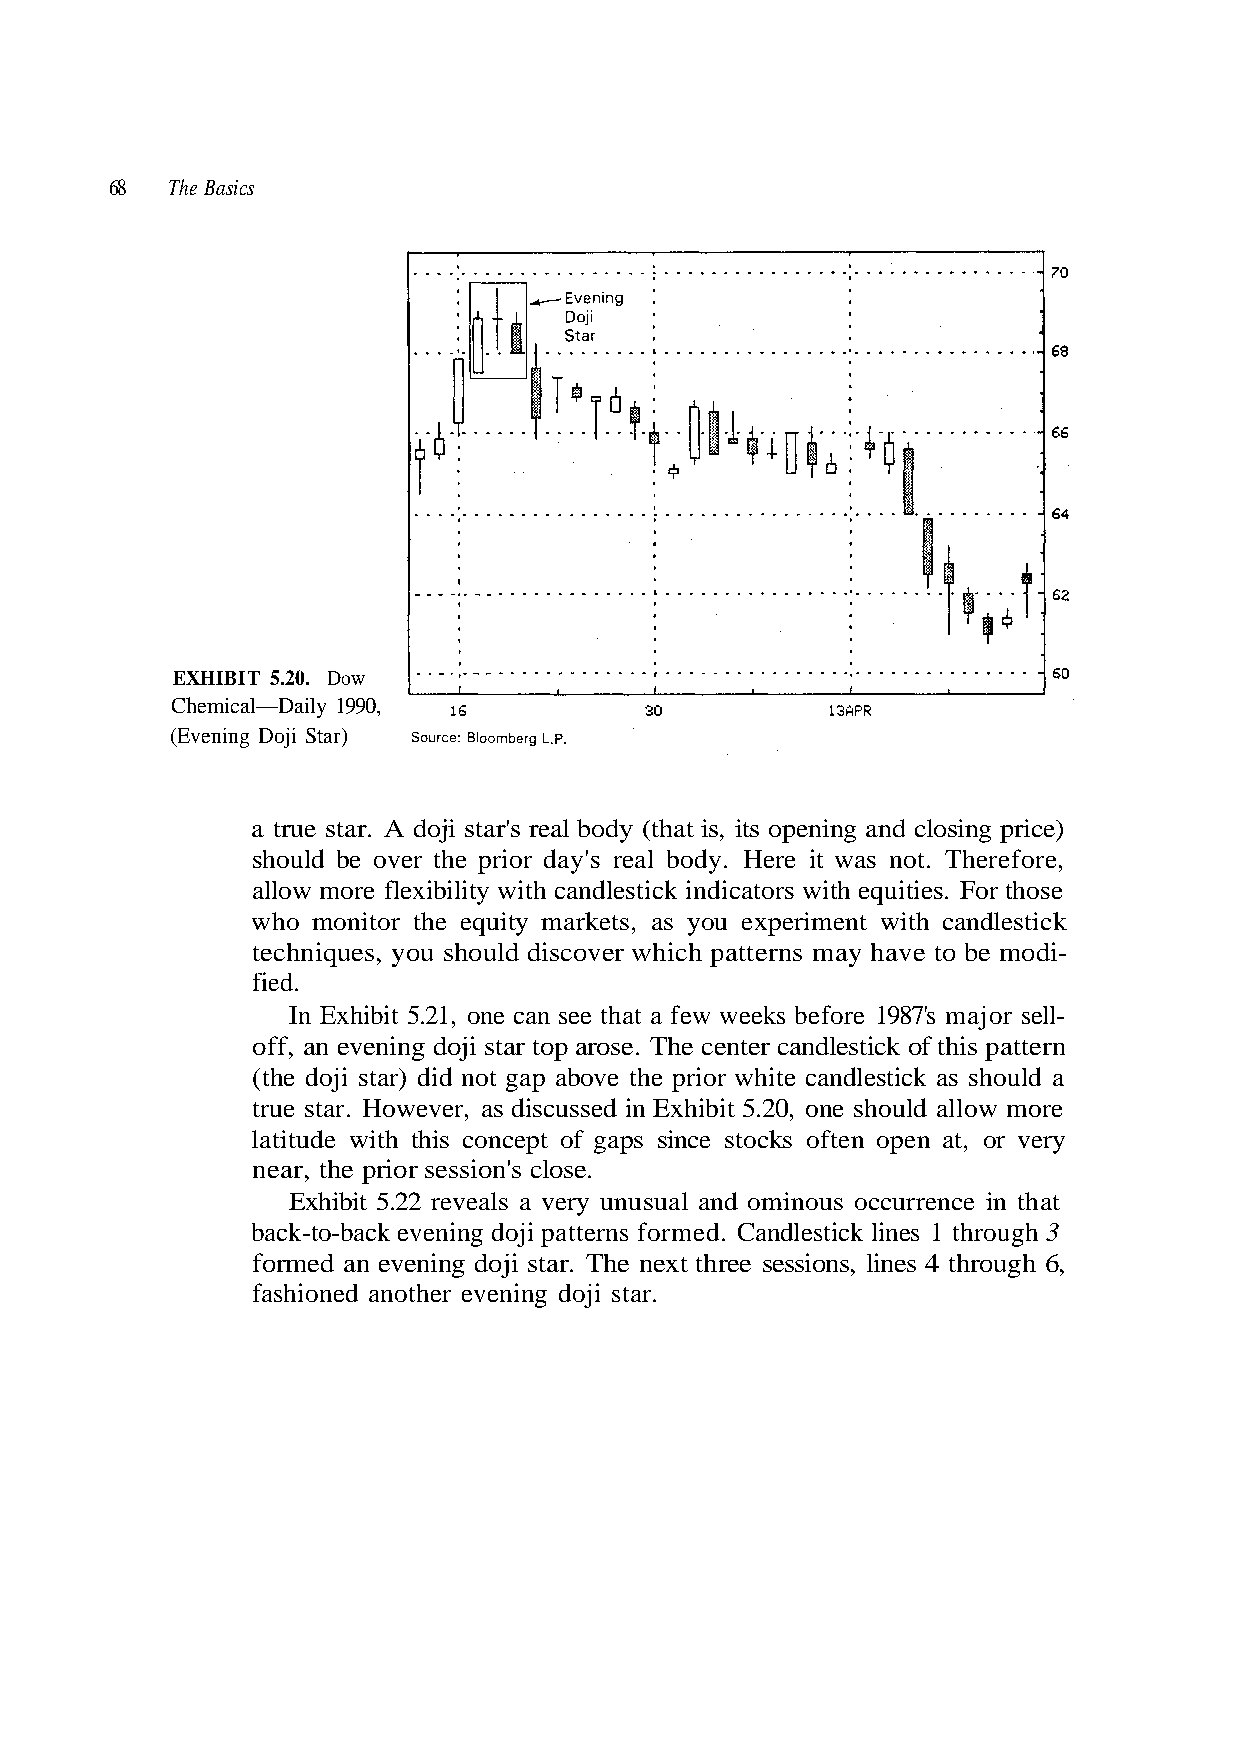
68  The Basics
 EXHIBIT 5.20. Dow
 Chemical—Daily 1990,
 (Evening Doji Star)
 a true star. A doji star's real body (that is, its opening and closing price)
 should be over the prior day's real body. Here it was not. Therefore,
 allow more flexibility with candlestick indicators with equities. For those
 who monitor the equity markets, as you experiment with candlestick
 techniques, you should discover which patterns may have to be modi-
 fied.
 off, an evening doji star top arose. The center candlestick of this pattern
 (the doji star) did not gap above the prior white candlestick as should a
 true star. However, as discussed in Exhibit 5.20, one should allow more
 latitude with this concept of gaps since stocks often open at, or very
 near, the prior session's close.
 back-to-back evening doji patterns formed. Candlestick lines 1 through 3
 formed an evening doji star. The next three sessions, lines 4 through 6,
 fashioned another evening doji star.
 - l l e s r o j a m s 7' 8 9 1 e r o f e b s k e e w w e f a t a h t e e s n a c In Exhibit 5.21, one
 Exhibit 5.22 reveals a very unusual and ominous occurrence in that